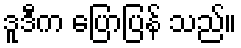
ဒူဒီက ပြောပြန် သည်။